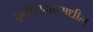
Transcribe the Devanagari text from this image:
छ्त्तीसगढमधील